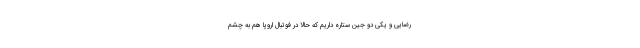
رضایی و یکی دو جین ستاره داریم که حالا در فوتبال اروپا هم به چشم